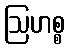
ဩဟစ္စ